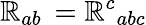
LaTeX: \mathbb{R}_{ab}\, =\mathbb{R}^{c}{}_{abc}